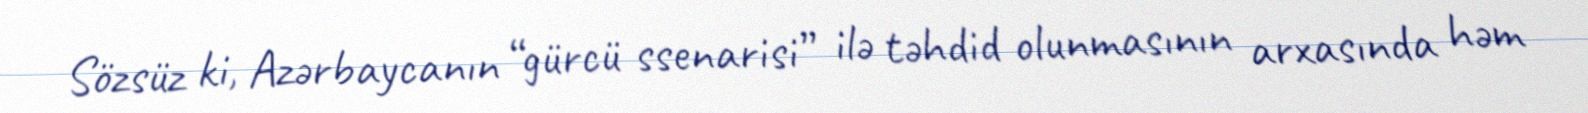
Sözsüz ki, Azərbaycanın “gürcü ssenarisi” ilə təhdid olunmasının arxasında həm